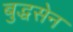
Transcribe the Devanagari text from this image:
बुद्धसेन